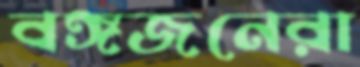
বঙ্গজনেরা